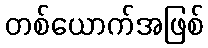
တစ်ယောက်အဖြစ်